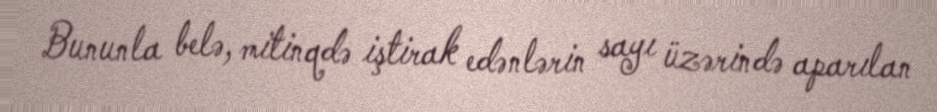
Bununla belə, mitinqdə iştirak edənlərin sayı üzərində aparılan